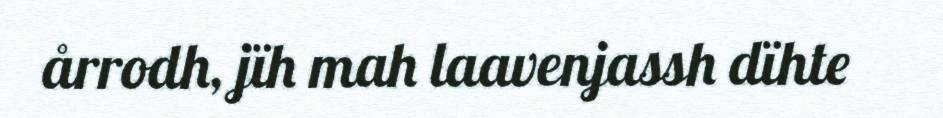
årrodh, jïh mah laavenjassh dïhte